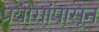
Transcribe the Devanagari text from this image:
प्रयोगांपासून